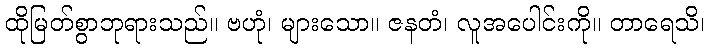
ထိုမြတ်စွာဘုရားသည်။ ဗဟုံ၊ များသော။ ဇနတံ၊ လူအပေါင်းကို။ တာရေသိ၊